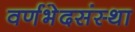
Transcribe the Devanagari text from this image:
वर्णभेदसंस्था